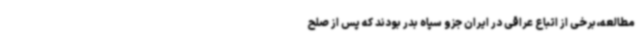
مطالعه،برخی از اتباع عراقی در ایران جزو سپاه بدر بودند که پس از صلح